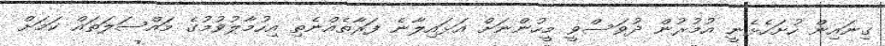
ގިނައިން ހުށަހެޅެނީ އުމުރުން ދުވަސްވީ މީހުންނަށް އަޅައިލާނެ ފަރާތެއްނެތި އިހުމާލުވުމުގެ މައްސަލަތައް ކަމަށް